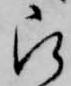
被